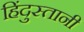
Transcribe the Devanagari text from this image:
हिंदुस्‍तानी